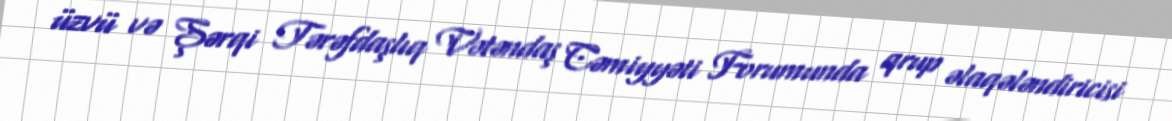
üzvü və Şərqi Tərəfdaşlıq Vətəndaş Cəmiyyəti Forumunda qrup əlaqələndiricisi